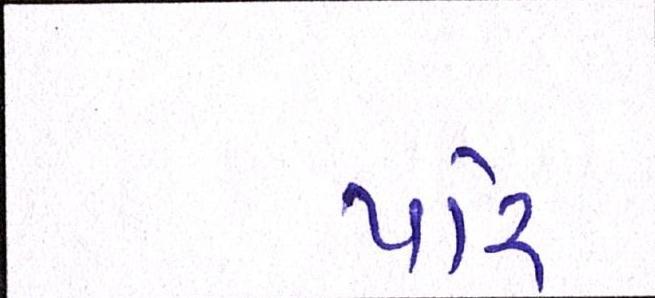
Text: પરિ